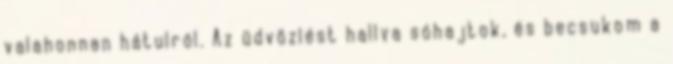
valahonnan hátulról. Az üdvözlést hallva sóhajtok, és becsukom a